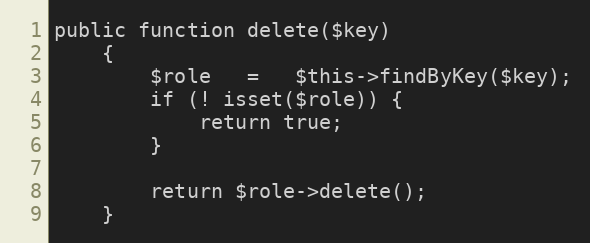
Language: PHP
public function delete($key)
    {
        $role   =   $this->findByKey($key);
        if (! isset($role)) {
            return true;
        }

        return $role->delete();
    }